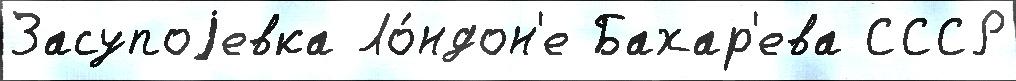
Засупоjевка Ло́ндон'е Бахар'ева СССР